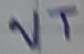
Text: VT